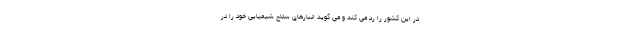
در این کشور را رد می کند و می گوید انبارهای سلاح شیمیایی خود را در